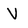
Character: V